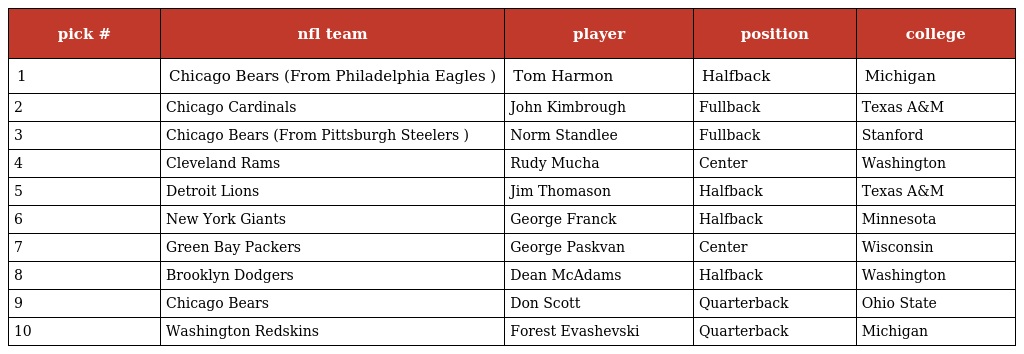
| pick # | nfl team | player | position | college |
 | --- | --- | --- | --- | --- |
 | 1 | Chicago Bears (From Philadelphia Eagles ) | Tom Harmon | Halfback | Michigan |
 | 2 | Chicago Cardinals | John Kimbrough | Fullback | Texas A&M |
 | 3 | Chicago Bears (From Pittsburgh Steelers ) | Norm Standlee | Fullback | Stanford |
 | 4 | Cleveland Rams | Rudy Mucha | Center | Washington |
 | 5 | Detroit Lions | Jim Thomason | Halfback | Texas A&M |
 | 6 | New York Giants | George Franck | Halfback | Minnesota |
 | 7 | Green Bay Packers | George Paskvan | Center | Wisconsin |
 | 8 | Brooklyn Dodgers | Dean McAdams | Halfback | Washington |
 | 9 | Chicago Bears | Don Scott | Quarterback | Ohio State |
 | 10 | Washington Redskins | Forest Evashevski | Quarterback | Michigan |